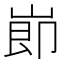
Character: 𡸎